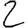
Digit: 2